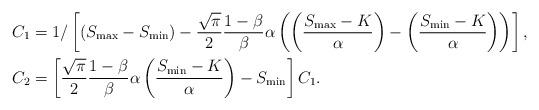
LaTeX: \begin{align*} &C_1 = 1/\left[ (S_{\max}-S_{\min}) - \frac{\sqrt{\pi}}{2}\frac{1-\beta}{\beta}\alpha\left( \left( \frac{S_{\max}-K}{\alpha} \right) - \left( \frac{S_{\min}-K}{\alpha} \right) \right) \right],\\ &C_2 = \left[ \frac{\sqrt{\pi}}{2}\frac{1-\beta}{\beta}\alpha\left( \frac{S_{\min}-K}{\alpha} \right) - S_{\min} \right]C_1.\end{align*}